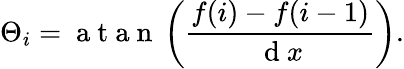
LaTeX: \Theta_{i}=\mathrm{~a~t~a~n~}\left(\frac{f(i)-f(i-1)}{\mathrm{~d~}x}\right).